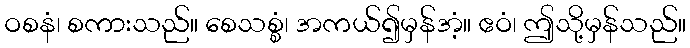
ဝစနံ၊ စကားသည်။ စေသစ္စံ၊ အကယ်၍မှန်အံ့။ ဧဝံ၊ ဤသို့မှန်သည်။